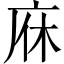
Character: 庥